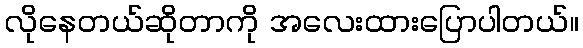
လိုနေတယ်ဆိုတာကို အလေးထားပြောပါတယ်။